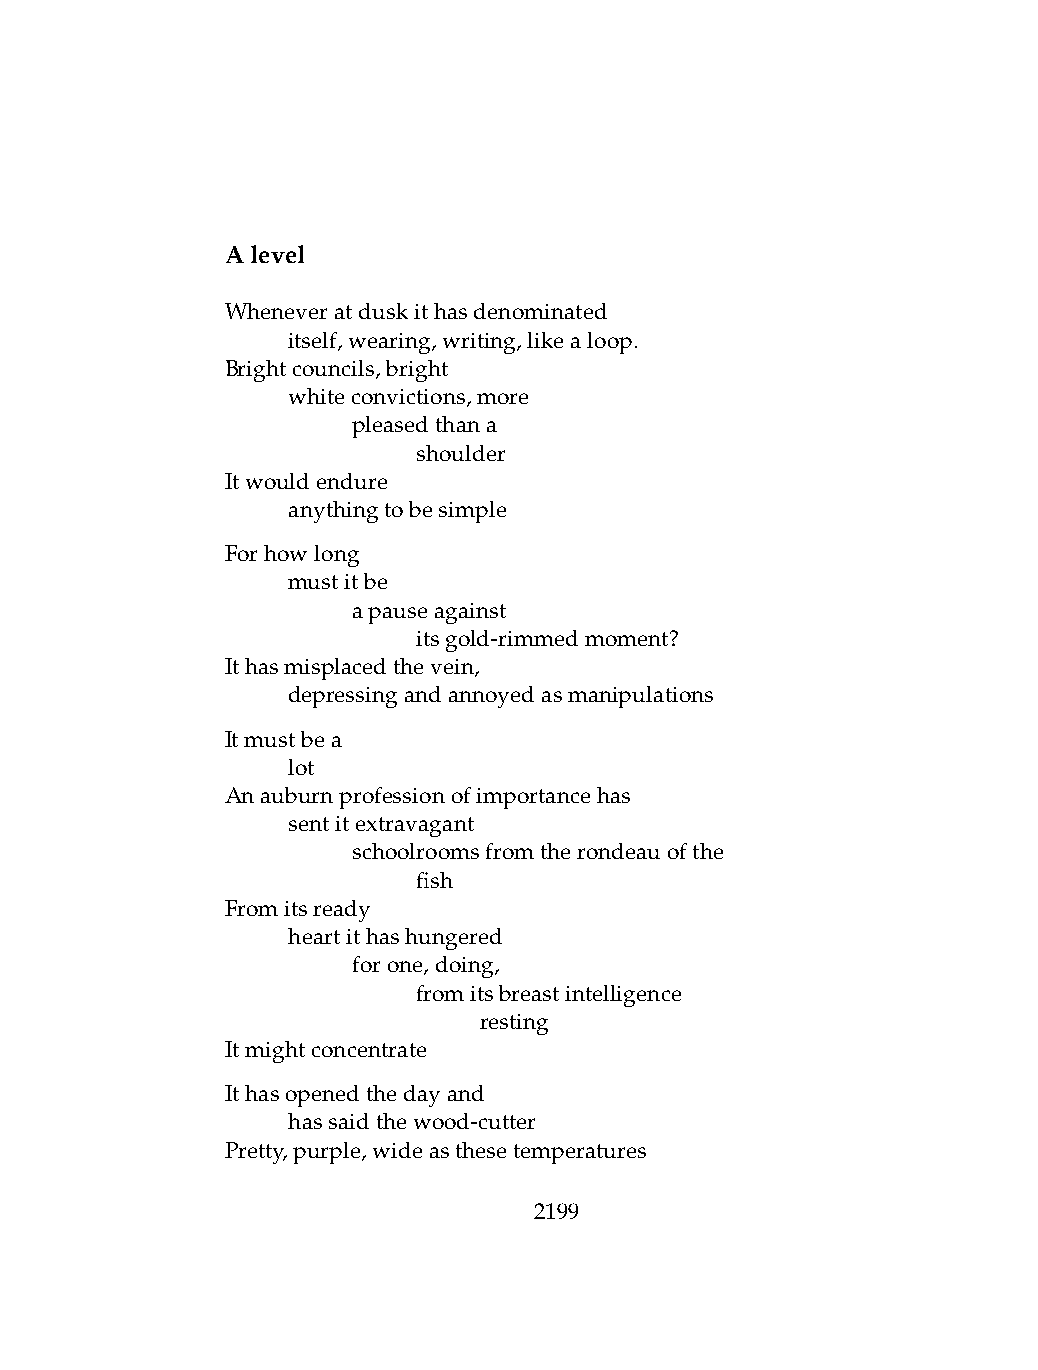
Alevel
 Wheneveratduskithasdenominated
 .   itself,wearing,writing,likealoop.
 Brightcouncils,bright
 .   whiteconvictions,more
 .   .   pleasedthana
 .   .   .    shoulder
 Itwouldendure
 .   anythingtobesimple
 Forhowlong
 .   mustitbe
 .   .   apauseagainst
 .   .   .    itsgold-rimmedmoment?
 Ithasmisplacedthevein,
 .   depressingandannoyedasmanipulations
 Itmustbea
 .   lot
 Anauburnprofessionofimportancehas
 .   sentitextravagant
 .   .   schoolroomsfromtherondeauofthe
 .   .   .    fish
 Fromitsready
 .   heartithashungered
 .   .   forone,doing,
 .   .   .    fromitsbreastintelligence
 .   .   .    .   resting
 Itmightconcentrate
 Ithasopenedthedayand
 .   hassaidthewood-cutter
 Pretty,purple,wideasthesetemperatures
 2199